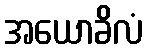
အယောခိလံ